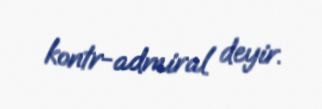
kontr-admiral deyir.